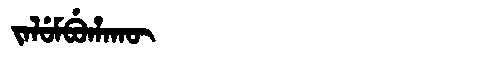
Manchu: ᠵᠠᠯᡠᠮᠪᡠᡥᠠᡴᡡ
Romanization: JALUMBUHAKŪ